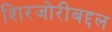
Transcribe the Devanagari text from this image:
शिरजोरीबद्दल